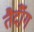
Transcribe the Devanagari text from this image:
तैदॉँग